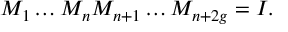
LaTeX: M _ { 1 } \dots M _ { n } M _ { n + 1 } \dots M _ { n + 2 g } = I .